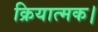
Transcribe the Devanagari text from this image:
क्रियात्मक।